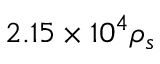
2 . 1 5 \times 1 0 ^ { 4 } \rho _ { s }